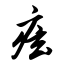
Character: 痃